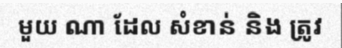
មួយ ណា ដែល សំខាន់ និង ត្រូវ